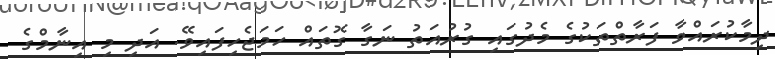
ދިމާކުރައްވާ ފަރާތްތަކުގެ މެދުގައި ގުރުއަތު ނަގާ ގޮތައް ހަމަޖެހިފައިވޭ. އަދި މި އިނާމްގެ